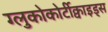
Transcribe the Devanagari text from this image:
ग्लुकोकोर्टीक्वाइड्स